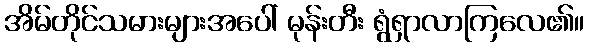
အိမ်တိုင်သမားများအပေါ် မုန်းတီး ရွံရှာလာကြလေ၏။